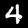
Label: 4